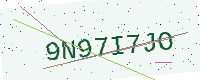
Text: 9N97I7JO